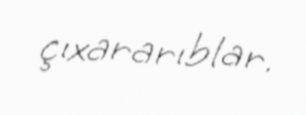
çıxararıblar.